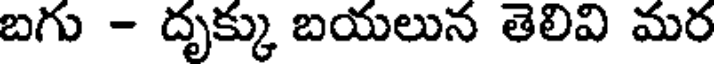
బగు - దృక్కు బయలున తెలివి మర